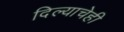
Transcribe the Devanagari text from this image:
दिल्याचेही